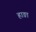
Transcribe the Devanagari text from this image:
हाङा